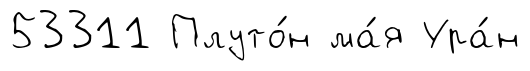
53311 Плуто́н ма́я Ура́н